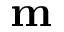
\mathbf m